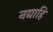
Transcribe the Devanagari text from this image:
नद्याहि